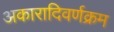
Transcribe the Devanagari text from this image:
अकारादिवर्णक्रम